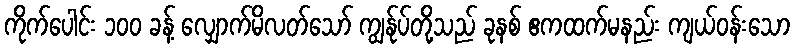
ကိုက်ပေါင်း ၁၀၀ ခန့် လျှောက်မိလတ်သော် ကျွန်ုပ်တို့သည် ခုနစ် ဧကထက်မနည်း ကျယ်ဝန်းသော